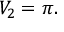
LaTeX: V _ { 2 } = \pi .